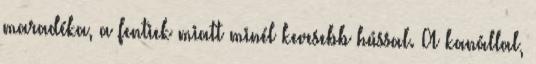
maradéka, a fentiek miatt minél kevesebb hússal. A kanállal,